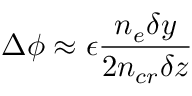
\Delta \phi \approx \epsilon \frac { n _ { e } \delta y } { 2 n _ { c r } \delta z }